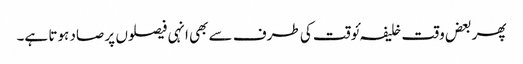
پھر بعض وقت خلیفہ ئوقت کی طرف سے بھی انہی فیصلوں پر صاد ہوتا ہے۔